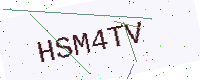
Text: HSM4TV